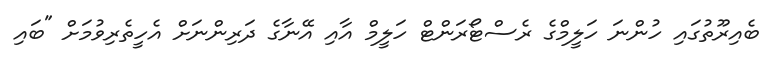
ބެއިރޫތުގައި ހުންނަ ހަލީމްގެ ރެސްޓޯރަންޓް ހަލީމް އާއި އޭނާގެ ދަރިންނަށް އެހީތެރިވުމަށް "ބައި